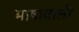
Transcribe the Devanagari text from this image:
भाषावाली